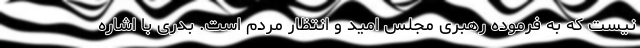
نیست که به فرموده رهبری مجلس امید و انتظار مردم است. بدری با اشاره